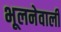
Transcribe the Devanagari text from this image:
भूलनेवाली